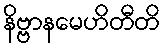
နိဗ္ဗာနမေဟိတီတိ